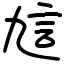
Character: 訄